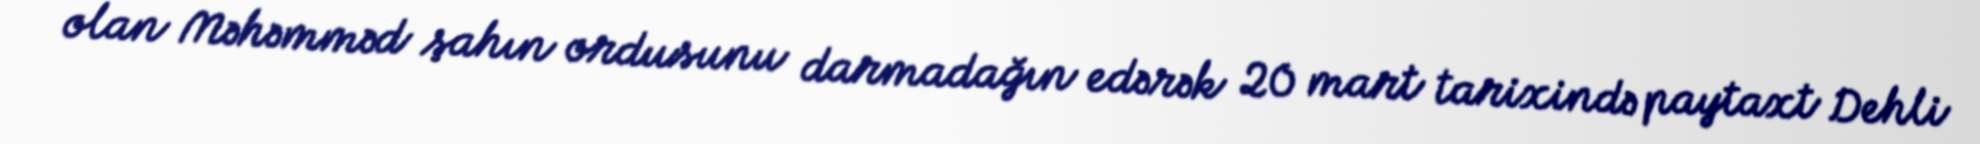
olan Məhəmməd şahın ordusunu darmadağın edərək 20 mart tarixində paytaxt Dehli